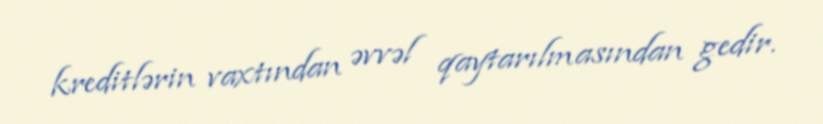
kreditlərin vaxtından əvvəl qaytarılmasından gedir.